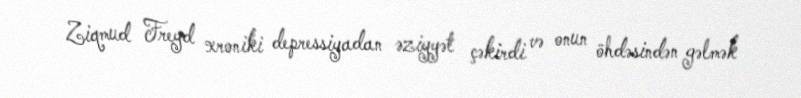
Ziqmud Freyd xroniki depressiyadan əziyyət çəkirdi və onun öhdəsindən gəlmək